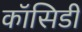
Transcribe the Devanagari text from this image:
कॉसिडी